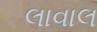
લાવાલ